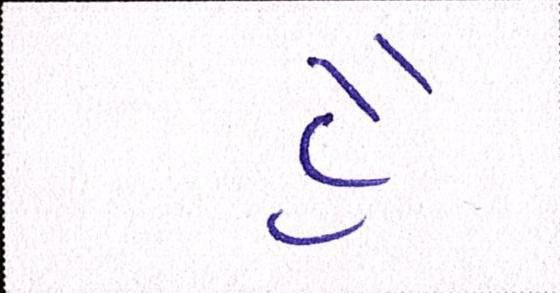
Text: હૈં